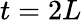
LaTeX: t=2L